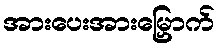
အားပေးအားမြှောက်